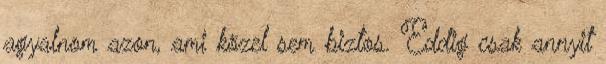
agyalnom azon, ami közel sem biztos. Eddig csak annyit